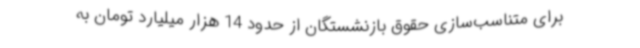
برای متناسب‌سازی حقوق بازنشستگان از حدود 14 هزار میلیارد تومان به